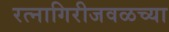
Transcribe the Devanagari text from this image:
रत्नागिरीजवळच्या